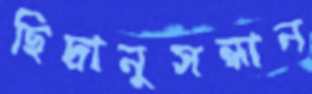
ছিদ্রানুসন্ধান